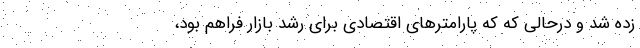
زده شد و درحالی که که پارامترهای اقتصادی برای رشد بازار فراهم بود،